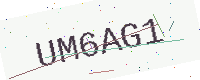
Text: UM6AG1